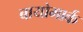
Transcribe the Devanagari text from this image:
बायोमार्क